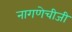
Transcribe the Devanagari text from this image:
नागणेचीजी